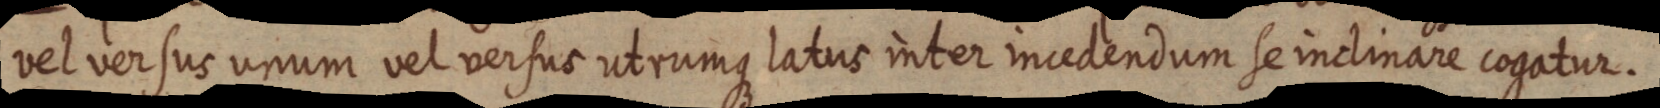
vel versus unum vel versus utrumque latus inter incedendum se inclinare cogatur.